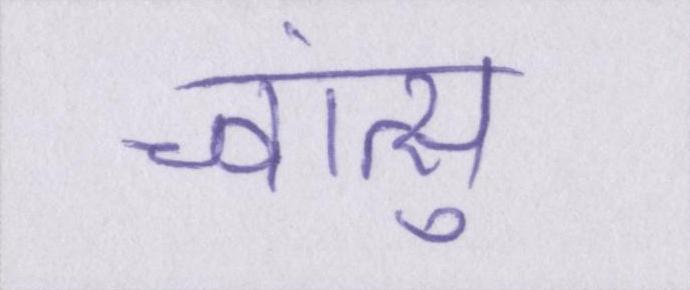
च्वांत्सु